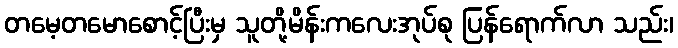
တမေ့တမောစောင့်ပြီးမှ သူတို့မိန်းကလေးအုပ်စု ပြန်ရောက်လာ သည်း၊